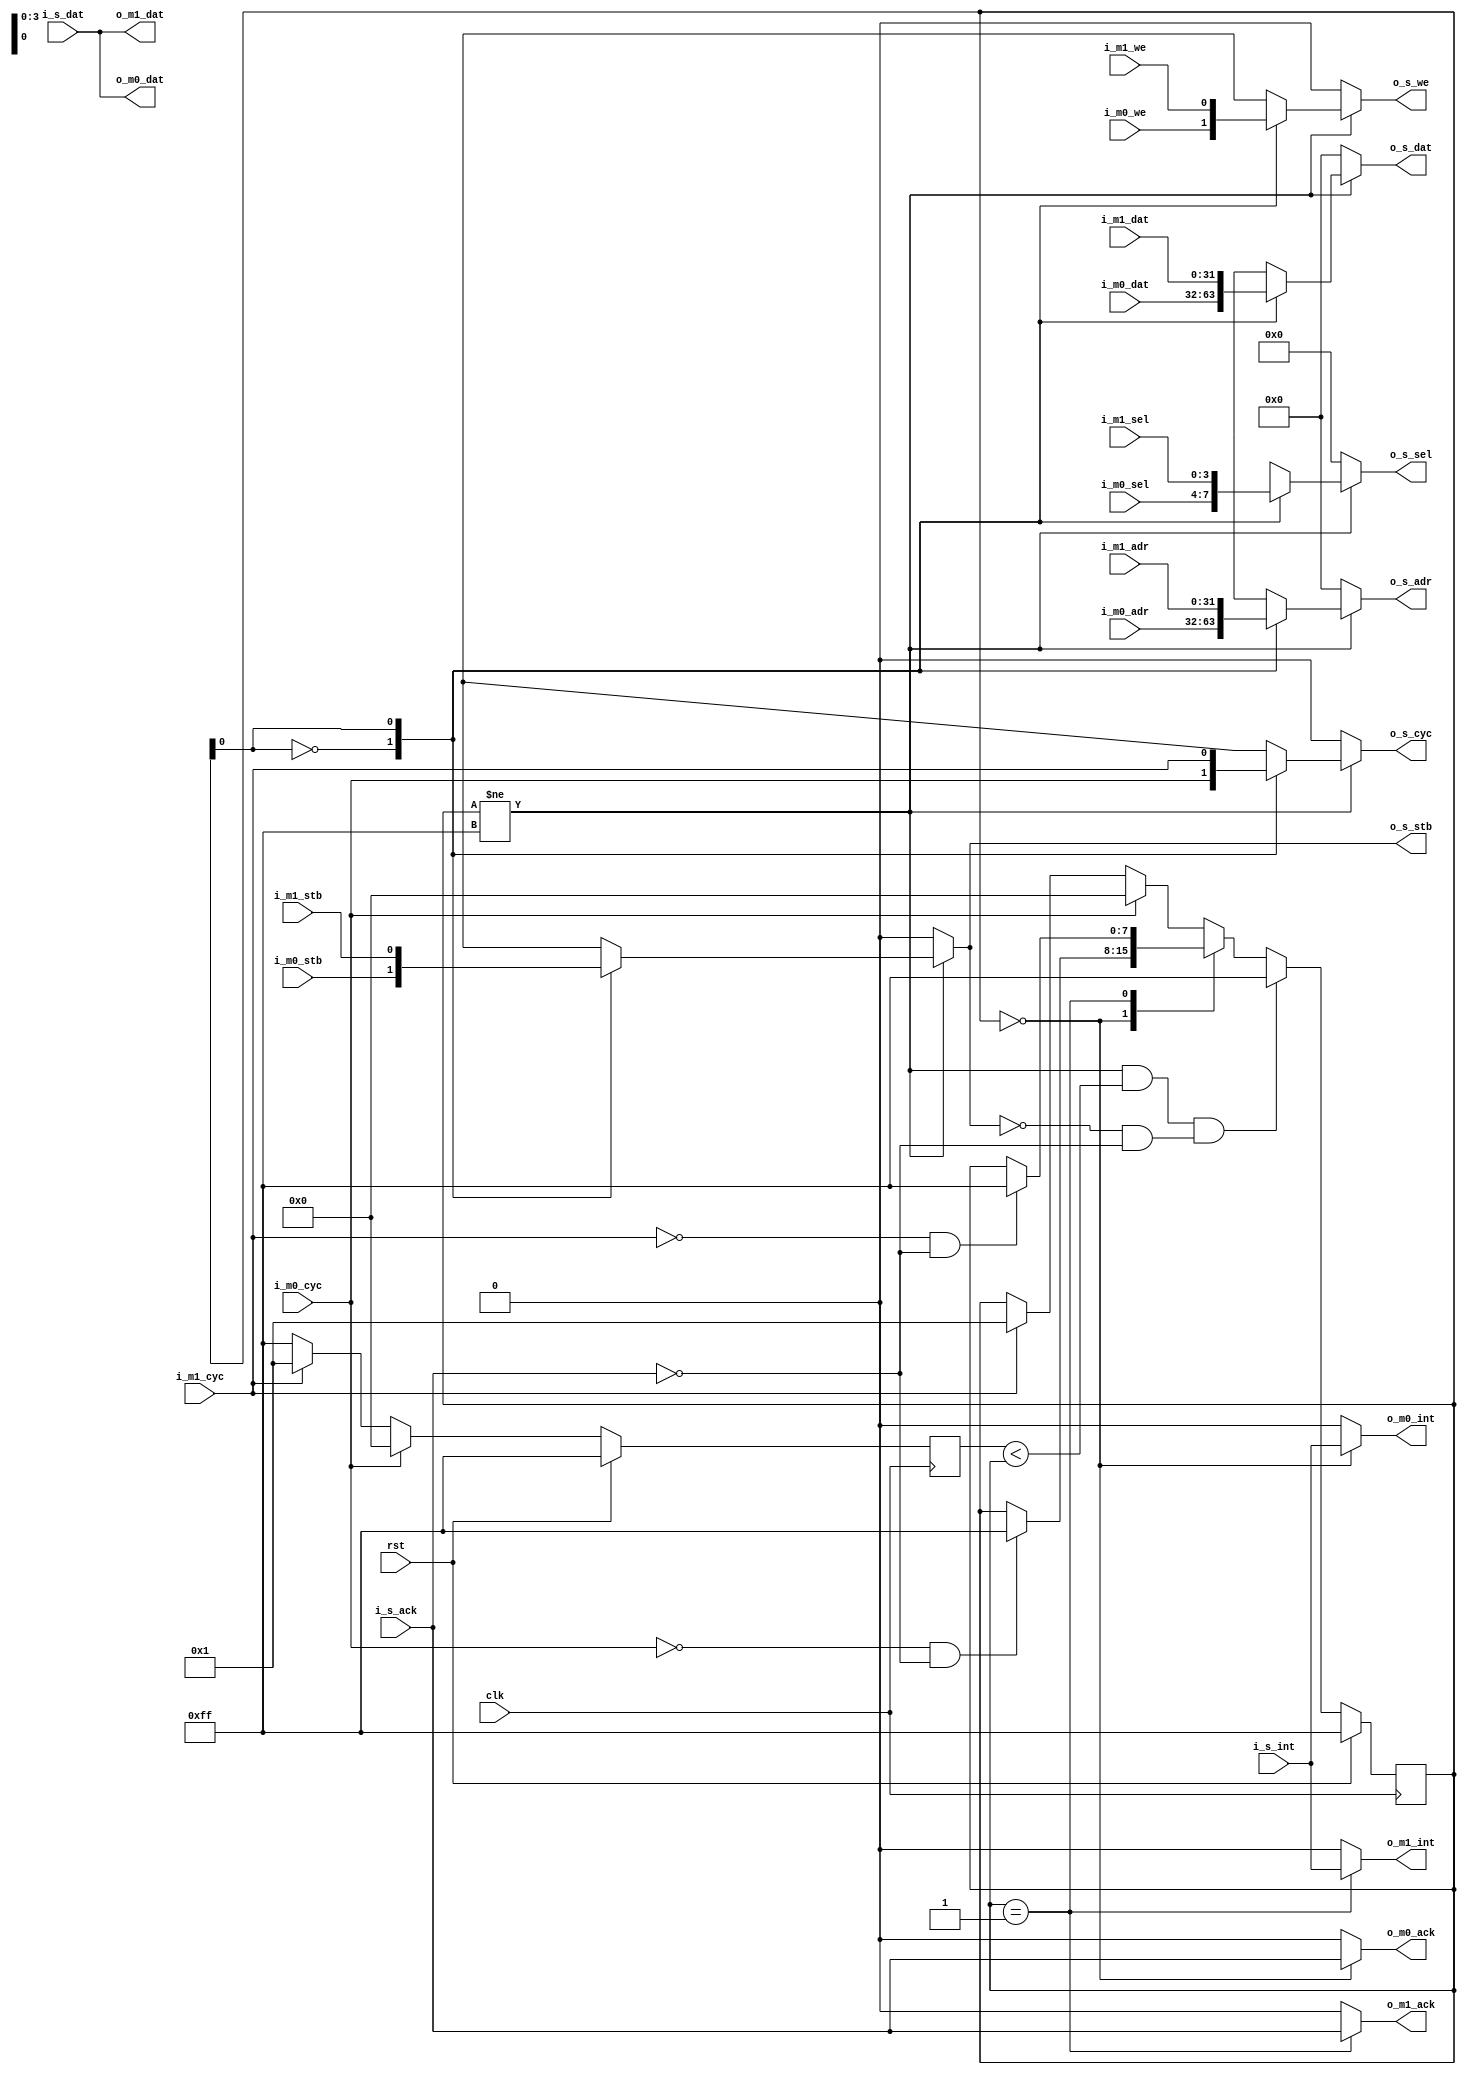
//wishbone_arbiter.v
/*
Distributed under the MIT licesnse.
Copyright (c) 2011 Dave McCoy (dave.mccoy@cospandesign.com)

Permission is hereby granted, free of charge, to any person obtaining a copy of
this software and associated documentation files (the "Software"), to deal in
the Software without restriction, including without limitation the rights to
use, copy, modify, merge, publish, distribute, sublicense, and/or sell copies
of the Software, and to permit persons to whom the Software is furnished to do
so, subject to the following conditions:

The above copyright notice and this permission notice shall be included in all
copies or substantial portions of the Software.

THE SOFTWARE IS PROVIDED "AS IS", WITHOUT WARRANTY OF ANY KIND, EXPRESS OR
IMPLIED, INCLUDING BUT NOT LIMITED TO THE WARRANTIES OF MERCHANTABILITY,
FITNESS FOR A PARTICULAR PURPOSE AND NONINFRINGEMENT. IN NO EVENT SHALL THE
AUTHORS OR COPYRIGHT HOLDERS BE LIABLE FOR ANY CLAIM, DAMAGES OR OTHER
LIABILITY, WHETHER IN AN ACTION OF CONTRACT, TORT OR OTHERWISE, ARISING FROM,
OUT OF OR IN CONNECTION WITH THE SOFTWARE OR THE USE OR OTHER DEALINGS IN THE
SOFTWARE.
*/


`timescale 1 ns/1 ps

module arbiter_2_masters (
  //control signals
  input           clk,
  input           rst,

  //wishbone master ports
  input           i_m0_we,
  input           i_m0_cyc,
  input           i_m0_stb,
  input   [3:0]   i_m0_sel,
  output          o_m0_ack,
  input   [31:0]  i_m0_dat,
  output  [31:0]  o_m0_dat,
  input   [31:0]  i_m0_adr,
  output          o_m0_int,

  input           i_m1_we,
  input           i_m1_cyc,
  input           i_m1_stb,
  input   [3:0]   i_m1_sel,
  output          o_m1_ack,
  input   [31:0]  i_m1_dat,
  output  [31:0]  o_m1_dat,
  input   [31:0]  i_m1_adr,
  output          o_m1_int,


  //wishbone slave signals
  output          o_s_we,
  output          o_s_stb,
  output          o_s_cyc,
  output  [3:0]   o_s_sel,
  output  [31:0]  o_s_adr,
  output  [31:0]  o_s_dat,
  input   [31:0]  i_s_dat,
  input           i_s_ack,
  input           i_s_int
);

localparam        MASTER_COUNT = 2;

//registers/wires
//this should be parameterized
reg [7:0]         master_select;
reg [7:0]         priority_select;


wire              o_master_we  [MASTER_COUNT - 1:0];
wire              o_master_stb [MASTER_COUNT - 1:0];
wire              o_master_cyc [MASTER_COUNT - 1:0];
wire  [3:0]       o_master_sel [MASTER_COUNT - 1:0];
wire  [31:0]      o_master_adr [MASTER_COUNT - 1:0];
wire  [31:0]      o_master_dat [MASTER_COUNT - 1:0];


//master select block
localparam        MASTER_NO_SEL   = 8'hFF;
localparam        MASTER_0     = 0;
localparam        MASTER_1     = 1;


always @ (posedge clk) begin
  if (rst) begin
    master_select <= MASTER_NO_SEL;
  end
  else begin
    case (master_select)
      MASTER_0: begin
        if (!i_m0_cyc && !i_s_ack) begin
          master_select <= MASTER_NO_SEL;
        end
      end
      MASTER_1: begin
        if (!i_m1_cyc && !i_s_ack) begin
          master_select <= MASTER_NO_SEL;
        end
      end
      default: begin
        //nothing selected
        if (i_m0_cyc) begin
          master_select <= MASTER_0;
        end
        else if (i_m1_cyc) begin
          master_select <= MASTER_1;
        end
      end
    endcase
    if ((master_select != MASTER_NO_SEL) && (priority_select < master_select) && (!o_s_stb && !i_s_ack))begin
      master_select  <=  MASTER_NO_SEL;
    end
  end
end


//priority select




always @ (posedge clk) begin
  if (rst) begin
    priority_select <= MASTER_NO_SEL;
  end
  else begin
    //find the highest priority
    if (i_m0_cyc) begin
      priority_select  <= MASTER_0;
    end
    else if (i_m1_cyc) begin
      priority_select  <= MASTER_1;
    end
    else begin
      priority_select  <= MASTER_NO_SEL;
    end
  end
end




//slave assignments
assign  o_s_we  = (master_select != MASTER_NO_SEL) ? o_master_we[master_select]  : 0;
assign  o_s_stb = (master_select != MASTER_NO_SEL) ? o_master_stb[master_select] : 0;
assign  o_s_cyc = (master_select != MASTER_NO_SEL) ? o_master_cyc[master_select] : 0;
assign  o_s_sel = (master_select != MASTER_NO_SEL) ? o_master_sel[master_select] : 0;
assign  o_s_adr = (master_select != MASTER_NO_SEL) ? o_master_adr[master_select] : 0;
assign  o_s_dat = (master_select != MASTER_NO_SEL) ? o_master_dat[master_select] : 0;


//write select block
assign o_master_we[MASTER_0] = i_m0_we;
assign o_master_we[MASTER_1] = i_m1_we;



//strobe select block
assign o_master_stb[MASTER_0] = i_m0_stb;
assign o_master_stb[MASTER_1] = i_m1_stb;



//cycle select block
assign o_master_cyc[MASTER_0] = i_m0_cyc;
assign o_master_cyc[MASTER_1] = i_m1_cyc;



//select select block
assign o_master_sel[MASTER_0] = i_m0_sel;
assign o_master_sel[MASTER_1] = i_m1_sel;



//address seelct block
assign o_master_adr[MASTER_0] = i_m0_adr;
assign o_master_adr[MASTER_1] = i_m1_adr;



//data select block
assign o_master_dat[MASTER_0] = i_m0_dat;
assign o_master_dat[MASTER_1] = i_m1_dat;




//assign block
assign o_m0_ack = (master_select == MASTER_0) ? i_s_ack : 0;
assign o_m0_dat = i_s_dat;
assign o_m0_int = (master_select == MASTER_0) ? i_s_int : 0;

assign o_m1_ack = (master_select == MASTER_1) ? i_s_ack : 0;
assign o_m1_dat = i_s_dat;
assign o_m1_int = (master_select == MASTER_1) ? i_s_int : 0;



endmodule